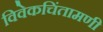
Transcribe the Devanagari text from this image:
विवेकचिंतामणी